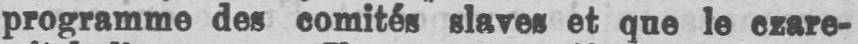
programme des comités slaves et que le czare-